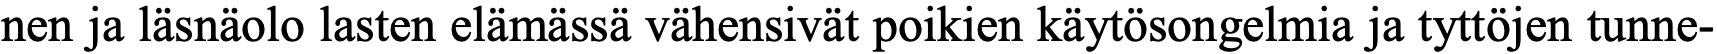
nen ja läsnäolo lasten elämässä vähensivät poikien käytösongelmia ja tyttöjen tunne-